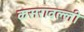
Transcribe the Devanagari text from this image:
कसरावल्ली